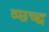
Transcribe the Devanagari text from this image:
व्प्छच्द्ध